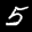
Label: 5